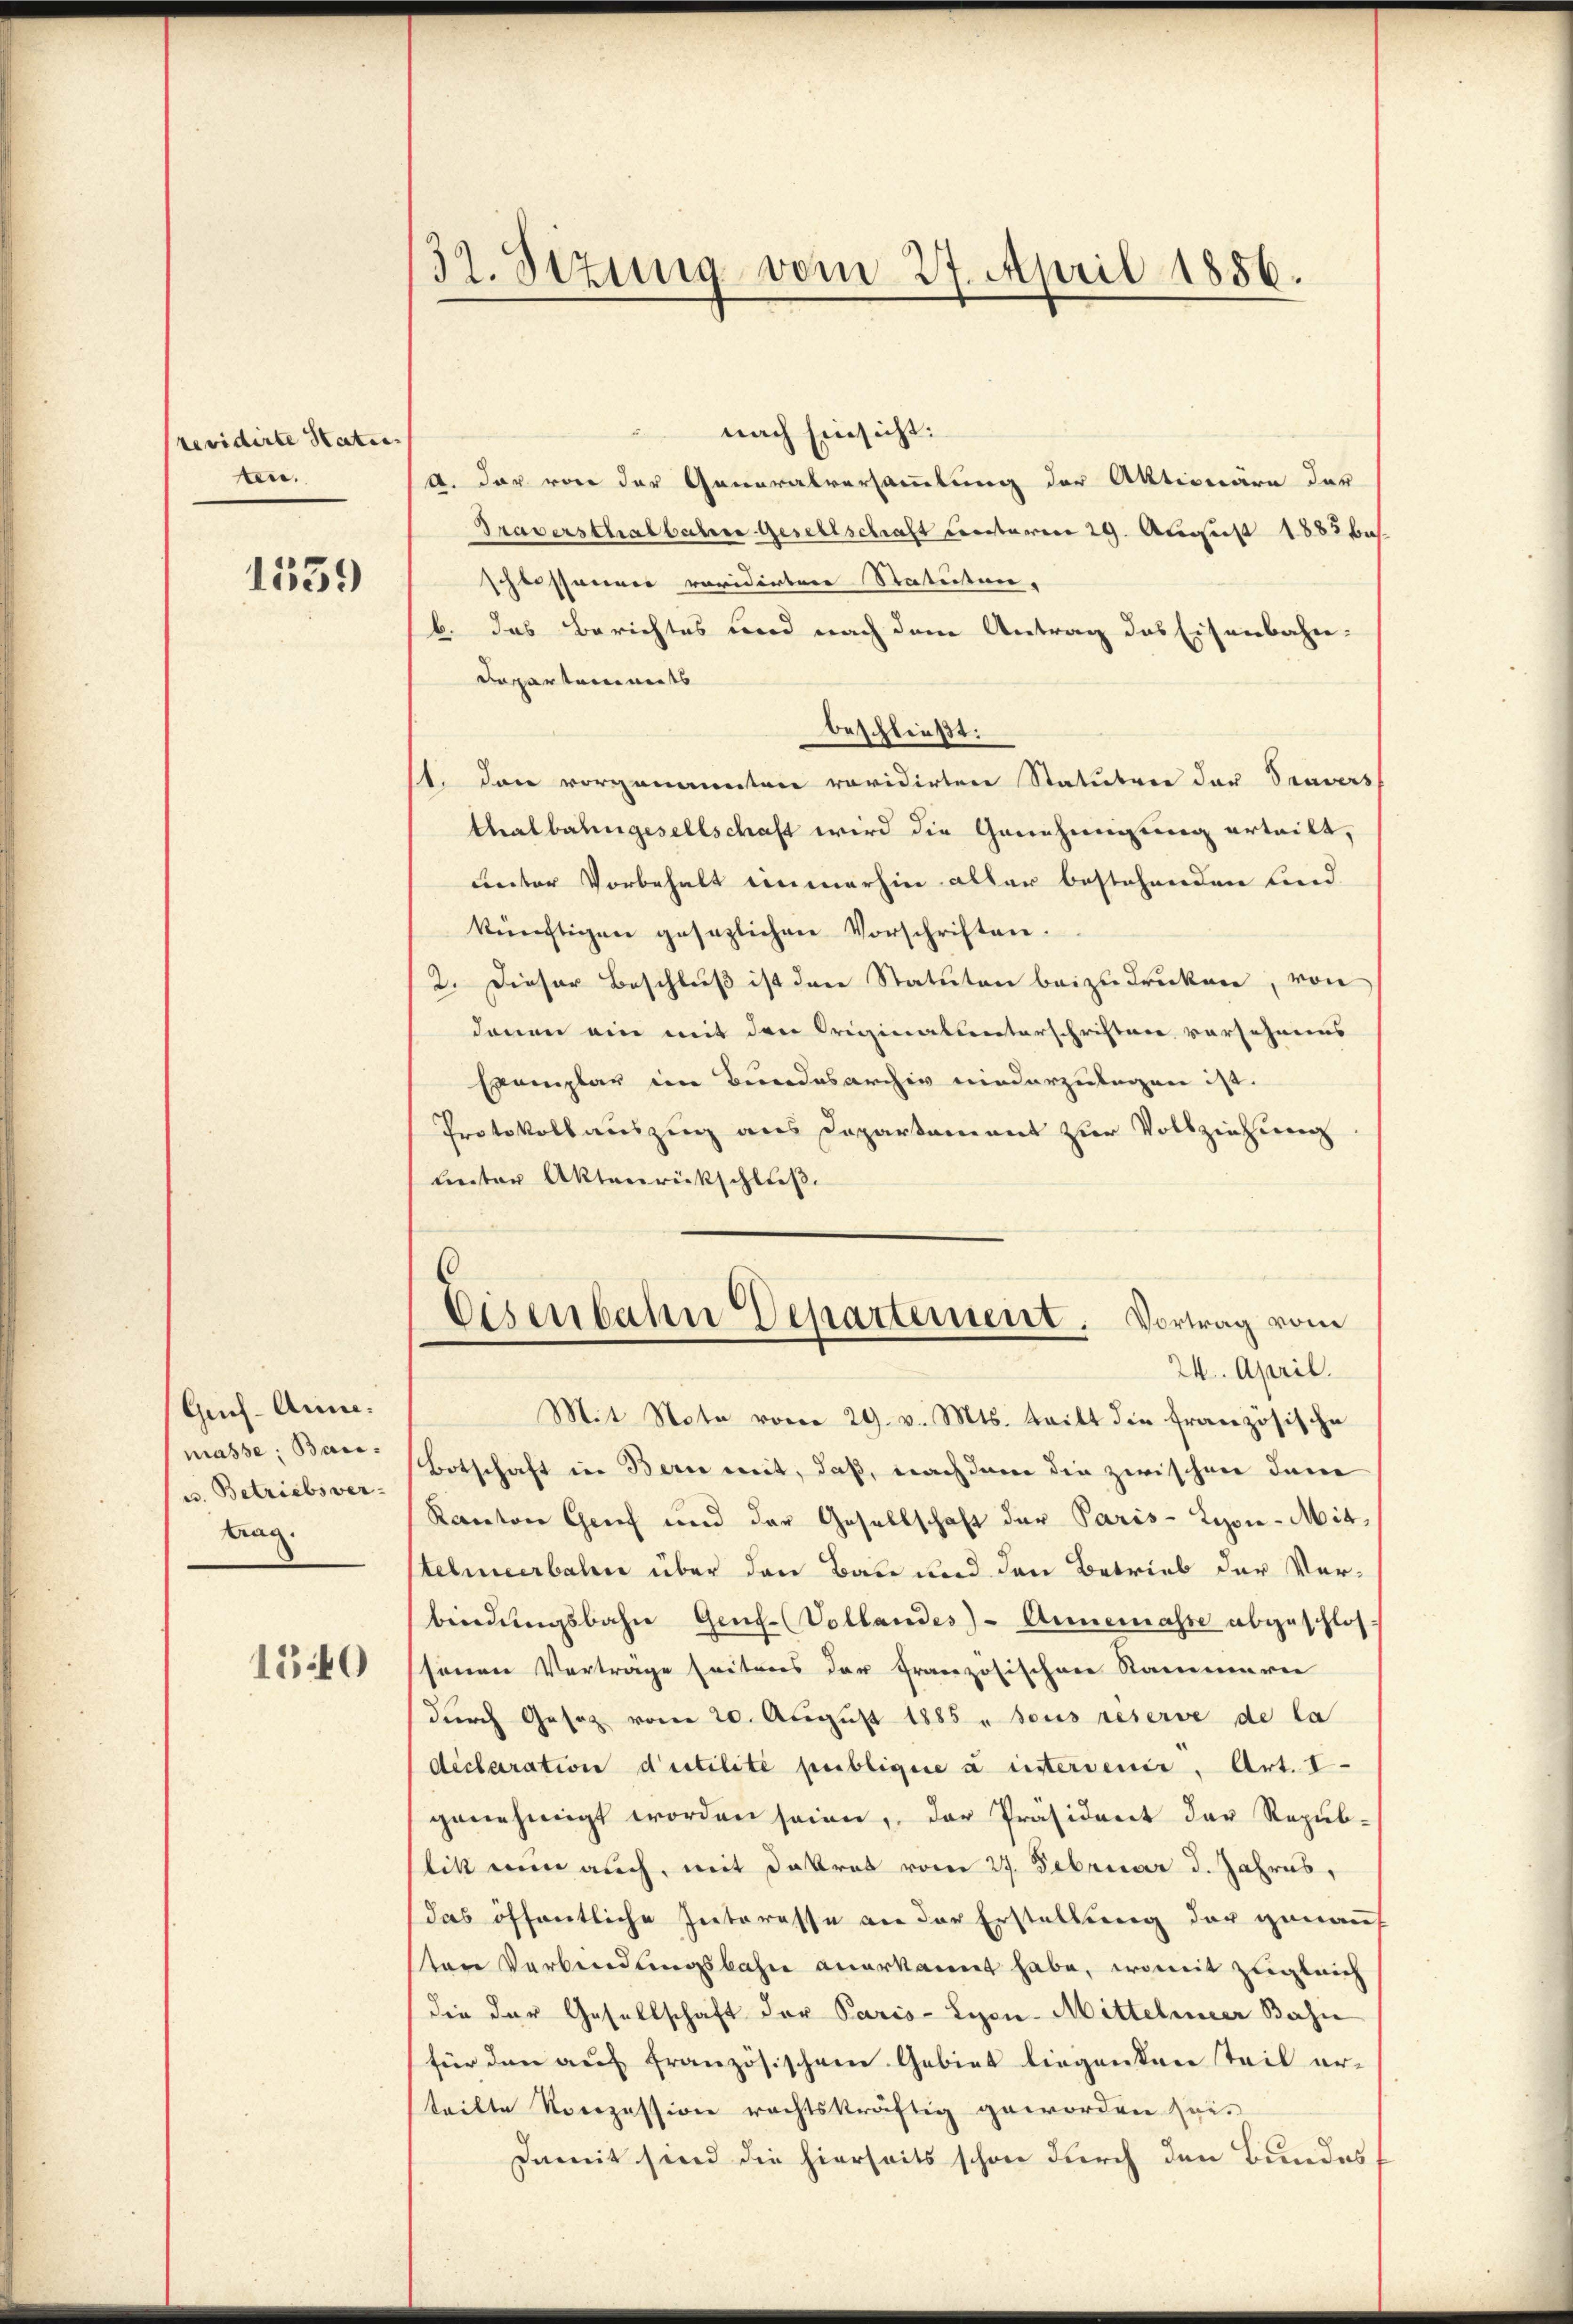
revidirte Statuten.

1559

Grf-Anne:
masse: Bai¬
u. Betriebs ver-
trag

150

32. Sizung vom 27. April 1856.

nach Einsicht:
F
A. dar von der Generalversammlung der Aktionäre der
Traversthalbahne Gesellschaft unterm 29. August 1882 b
schlossammer revidirtere Statuten.
b. das Berichtes und nach dem Antrag das Eisenbahn-
Departements
beschließt:
t. Das vorgenanntere revidirtere Statutare der Travers
thalbahngesellschaft wird die Genehmigung erteilt,
unter Vorbehalt immerhin aller bestehenden Lind
künftigen gesezlichen Vorschriften.
2. Dieser Beschluß ist den Statuten beizudrucken, von
denen ein mit den Originalunterschriften versehnens
Exemplar im Bundesarchiv niederzulagen ist.
Protokollauszug aus Departement zur Vollziehung
leter Aktenrückschluß.
Eisenbahn Departement. Vortrag vom
24. April.
Mit Note vom 29. v. Mts. teilt die französische
Botschaft in Bern mit, daß, nachdem die zwischen den
Kanton Genf und der Gesellschaft der Paris - Lyon-Mit-
telmeerbalen über den Base und den Betrieb der Verbindŭngsbahn Genf. Vollandes) - Annemasse abgeschlos
sonen Verträge seiteres der Französischen Rammerie
durch Gesez vom 20. August 1885 u sous reserve de la
déclaration d’utilité publique u intervenir. Art. I
genehmigt worden seien, der Präsident der Republikt nun auch, mit Dalrat vom 27. Februar d. Jahres,
das öffentliche Interesse an der Erstellung der genauf
ten Verbindungsbahn anerkannt habe, womit zugleich
die der Gesellschaft der Paris - Lyon-Mittelmeer Bahn
für den auf französischene Gebiet liegenden Teil er-
teilte Konzession rechtskräftig geworden sei¬
Damit sind die hierseits schon durch den Bundes